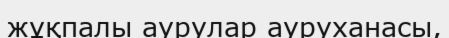
жұқпалы аурулар ауруханасы,